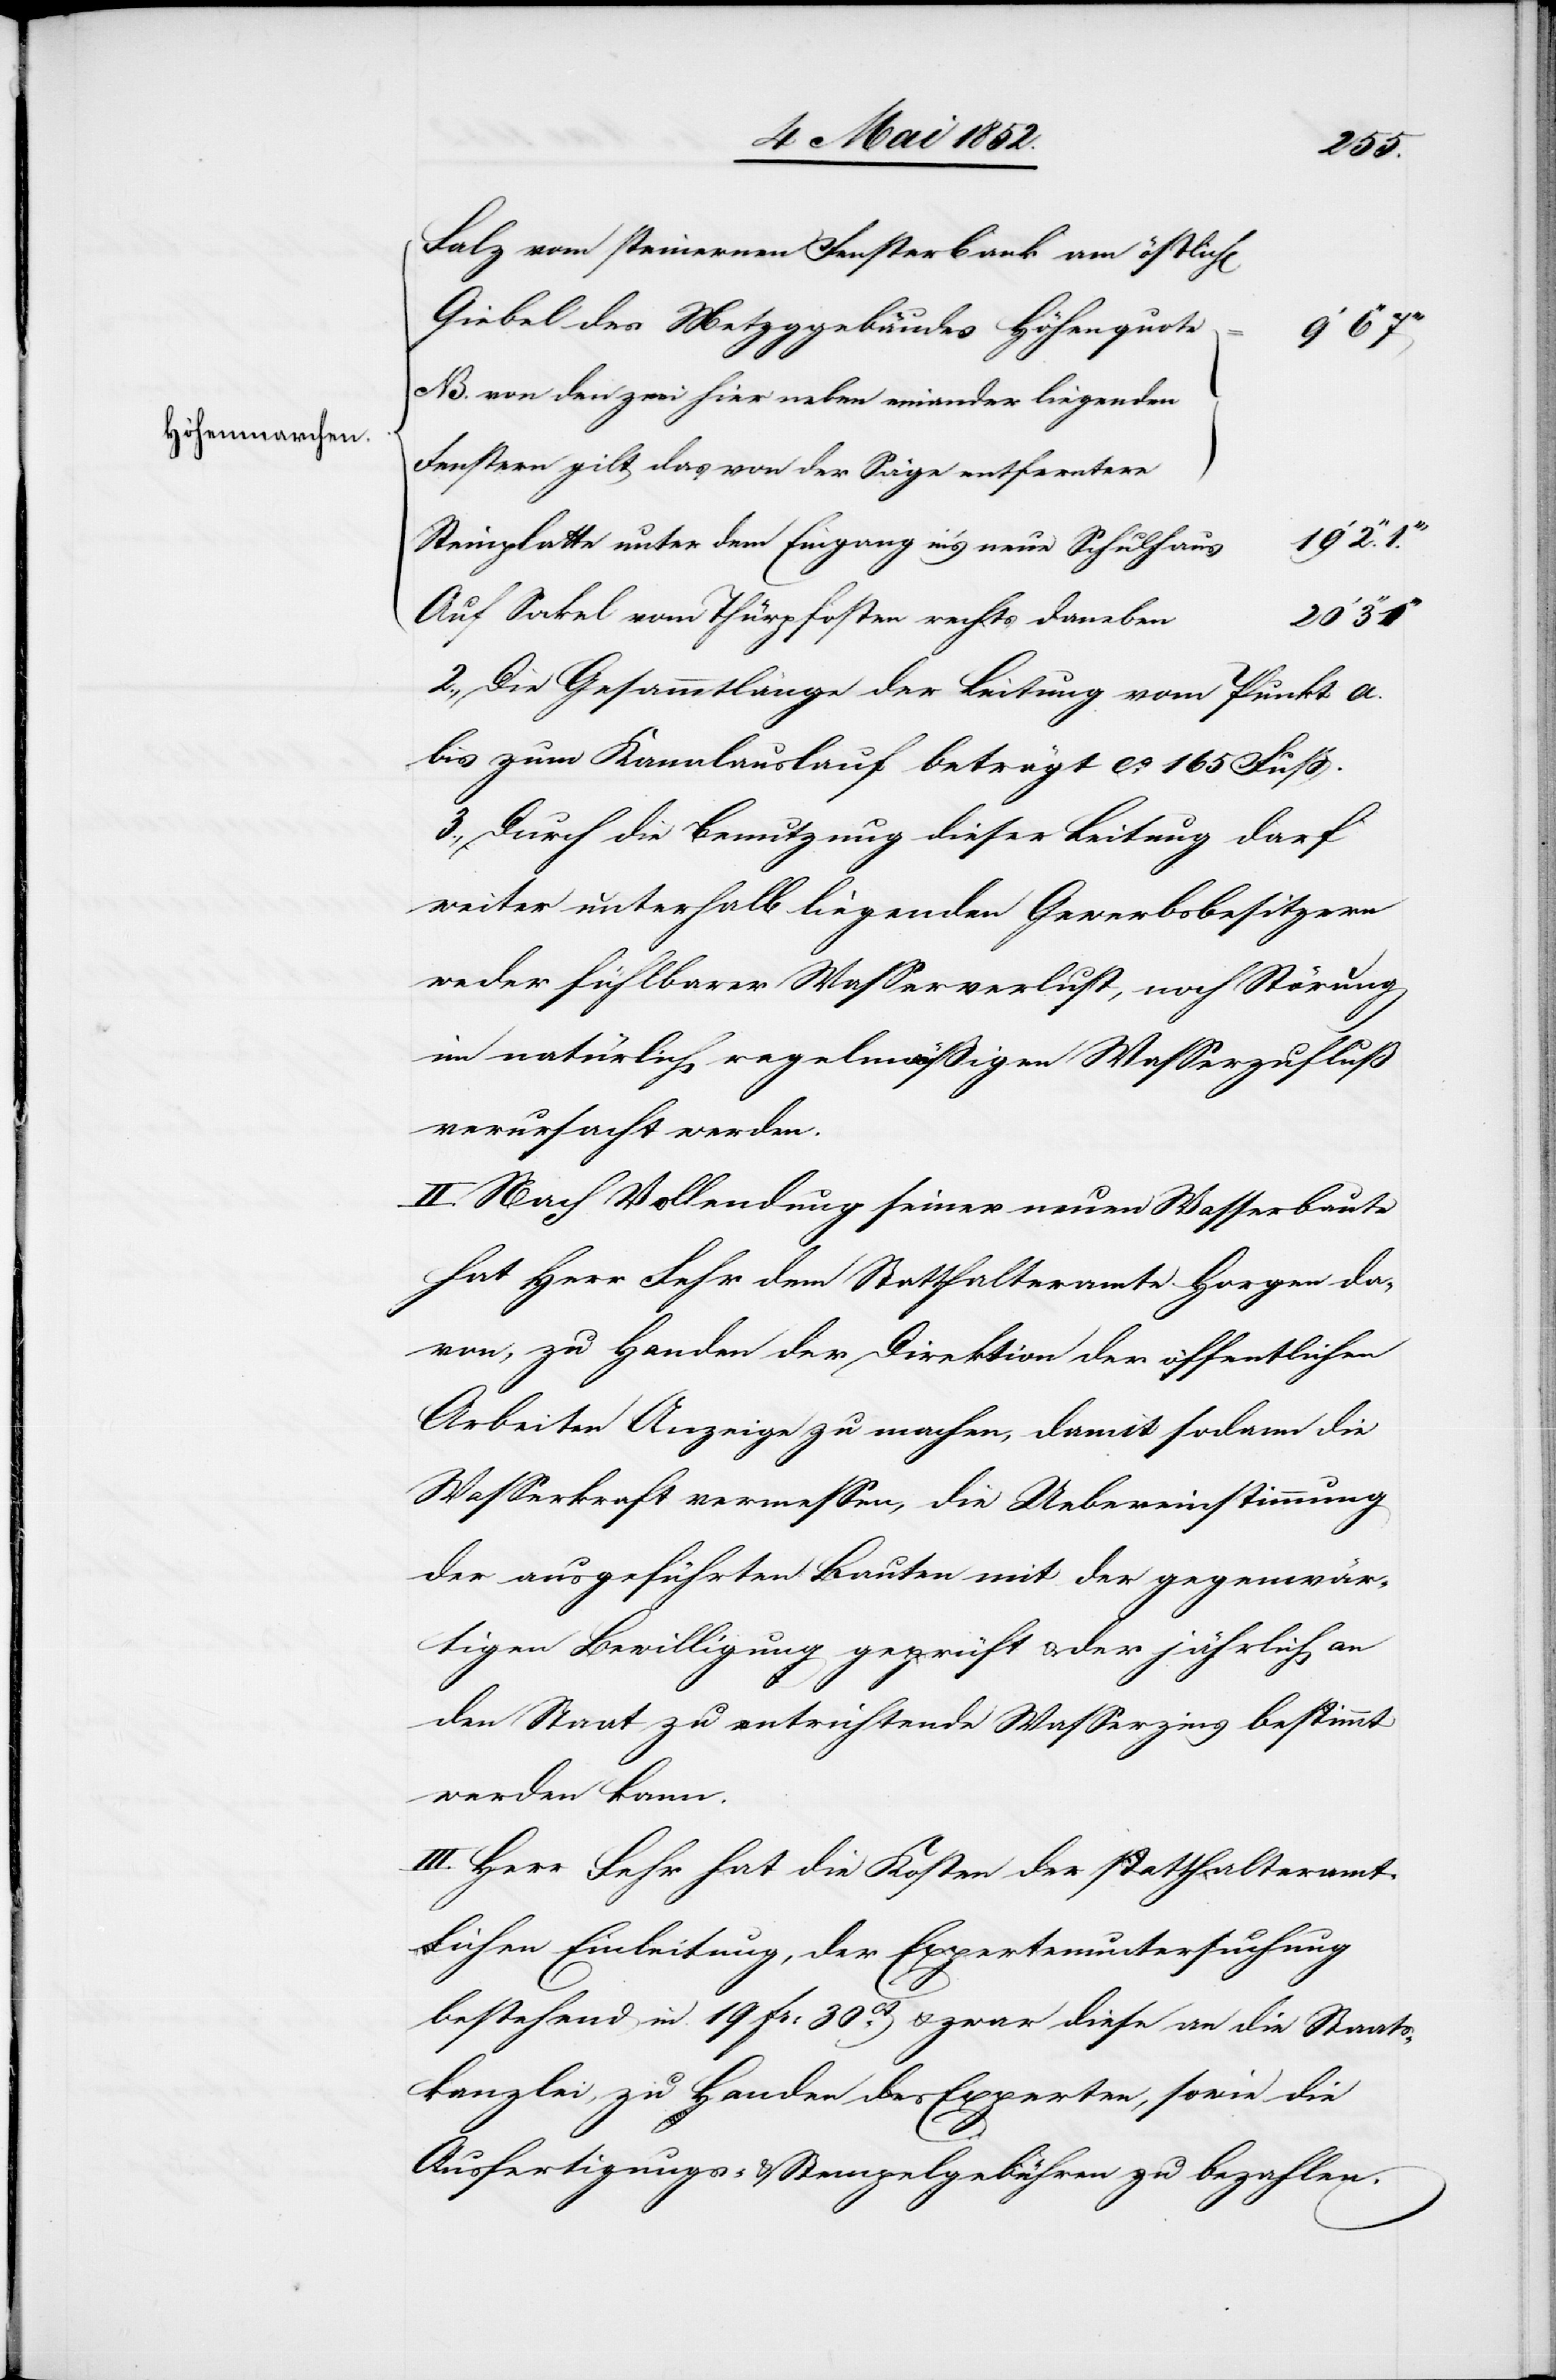
Höhenmarchen.

Falz vom steinernen Fensterbank am östlich[en]
Giebel des Metzggebäudes Höhenquote
von den zwei hier neben einander liegenden
Fenstern gilt das von der Säge entferntere
Steinplatte unter dem Eingang in’s neue Schulhaus
Auf Sockel vom Thürpfosten rechts daneben
20‘ 3‘‘
2., Die Gesammtlänge der Leitung vom Punkt a.
bis zum Kanalauslauf beträgt ca. 165 Fuß.
3., Durch die Benutzung dieser Leitung darf
weiter unterhalb liegenden Gewerbsbesitzern
weder fühlbarer Wasserverlust, noch Störung
im natürlich regelmäßigen Wasserzufluß
verursacht werden.
II. Nach Vollendung seiner neuen Wasserbaute
hat Herr Fehr dem Statthalteramte Horgen da¬
von, zu Handen der Direktion der öffentlichen
Arbeiten Anzeige zu machen, damit sodann die
Wasserkraft vermessen, die Uebereinstimmung
der ausgeführten Bauten mit der gegenwär¬
tigen Bewilligung geprüft & der jährlich an
den Staat zu entrichtende Wasserzins bestimmt
werden kann.
III. Herr Fehr hat die Kosten der statthalteramt¬
lichen Einleitung, der Expertenuntersuchung
bestehend in 19 Fr: 30ct. & zwar diese an die Staats¬
kanzlei, zu Handen des Experten, sowie die
Ausfertigungs- & Stempelgebühren zu bezahlen.